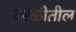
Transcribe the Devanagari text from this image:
वरळीतील